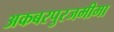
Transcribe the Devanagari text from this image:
अकबरपुरजमीमा